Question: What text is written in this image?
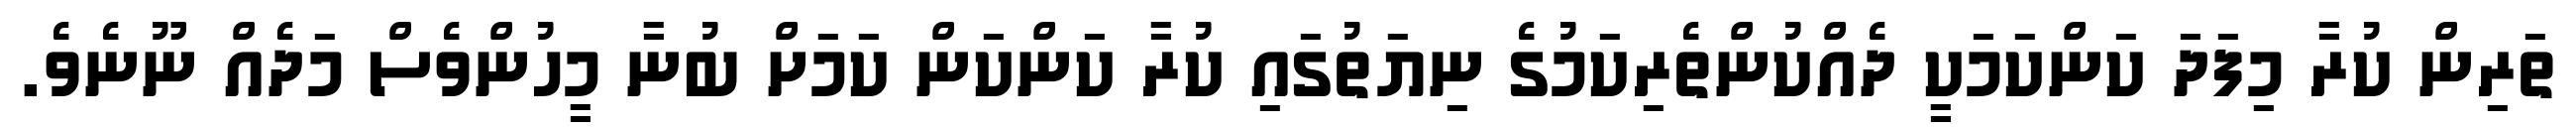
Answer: ތަރިން ކުރާ މިފަދަ ކަންކަމަކީ ދެއްކުންތެރިކަމުގެ ނިޔަތުގައި ކުރާ ކަންކަން ކަމަށް ބުނާ މީހުންވެސް މަދެއް ނޫނެވެ.